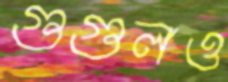
গুগুলও